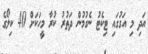
އަދި މި އަގުގައި ޓިކެޓު ނެގުމުން ދަތުރު ކުރާ މީހަކަށް 40 ކިލޯގެ